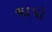
ચાપો